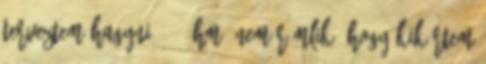
terveztem hagyni : - Hm. nem rémlik, hogy kikértem